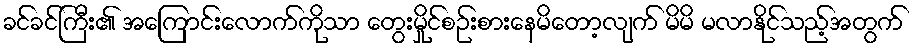
ခင်ခင်ကြီး၏ အကြောင်းလောက်ကိုသာ တွေးမှိုင်စဉ်းစားနေမိတော့လျက် မိမိ မလာနိုင်သည့်အတွက်